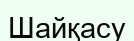
Шайқасу